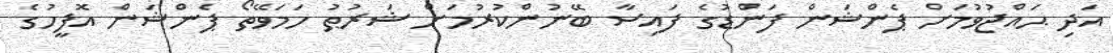
އަދި ޙައްޖުވުމަށް ޕެންޝަން ފަންޑުގެ ފައިސާ ބޭނުންކުރުމަށް ޝަރުޠު ހަމަވޭތޯ ޕެންޝަން އޮފީހުގެ